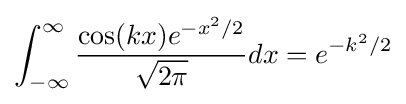
\int _{-\infty }^{\infty }{\frac {\cos(kx)e^{-x^{2}/2}}{\sqrt {2\pi }}}dx=e^{-k^{2}/2}